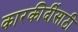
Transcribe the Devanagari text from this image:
कारकीर्दीसाठी